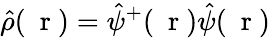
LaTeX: \hat{\rho}(\mathrm{~\mathbf~r~})=\hat{\psi}^{+}(\mathrm{~\mathbf~r~})\hat{\psi}(\mathrm{~\mathbf~r~})